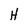
Character: H